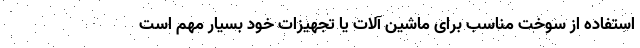
استفاده از سوخت مناسب برای ماشین آلات یا تجهیزات خود بسیار مهم است